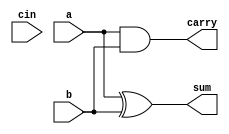
`timescale 1ns / 1ps
//////////////////////////////////////////////////////////////////////////////////
// Company: 
// Engineer: 
// 
// Design Name: 
// Module Name: FULLADDERUSINGHALFADDER
// Project Name: 
// Target Devices: 
// Tool Versions: 
// Description: 
// 
// Dependencies: 
// 
// Revision:
// Revision 0.01 - File Created
// Additional Comments:
// 
//////////////////////////////////////////////////////////////////////////////////


module FULLADDERUSINGHALFADDER(input a,b,cin, output sum,carry);
assign sum=a^b;
assign carry=a&b;
endmodule

module full_adder(input a,b,cin, output sum,carry);
wire w1,w2,w3;

FULLADDERUSINGHALFADDER h1(.a(a),.b(b),.sum(w1),.carry(w2));
FULLADDERUSINGHALFADDER h2(.a(w1),.b(cin),.sum(sum),.carry(w3));

or o1(carry,w3,w2);
endmodule